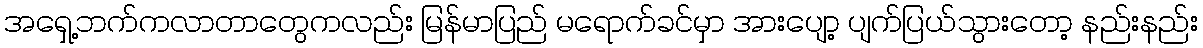
အရှေ့ဘက်ကလာတာတွေကလည်း မြန်မာပြည် မရောက်ခင်မှာ အားပျော့ ပျက်ပြယ်သွားတော့ နည်းနည်း